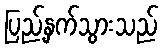
ပြည့်နှက်သွားသည်